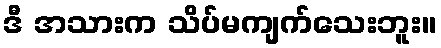
ဒီ အသားက သိပ်မကျက်သေးဘူး။